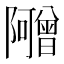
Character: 𬯣